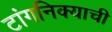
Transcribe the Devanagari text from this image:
टांगनिक्याची